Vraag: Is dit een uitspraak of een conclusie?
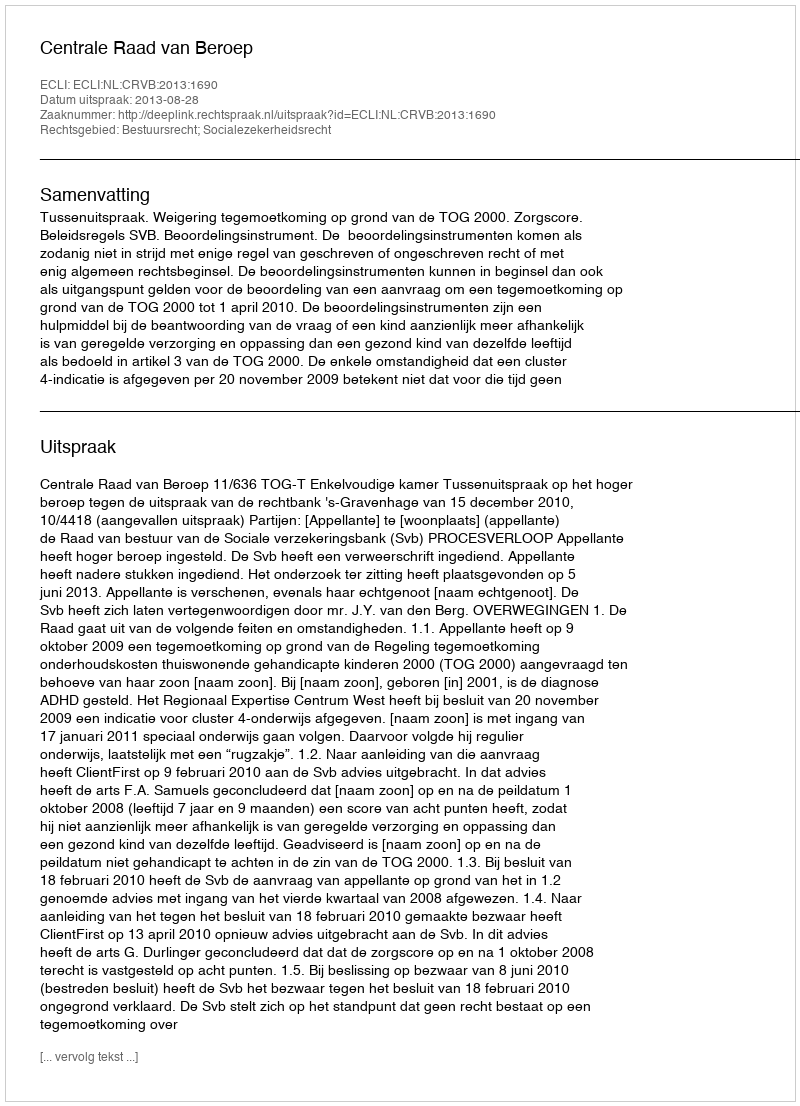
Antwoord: Uitspraak